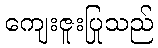
ကျေးဇူးပြုသည်